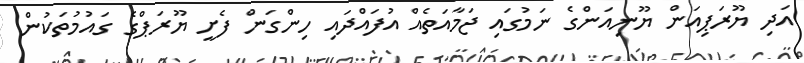
އަދި ޔޫރަޕިއަން ޔޫނިއަންގެ ނަމުގައި ޖަމާއަތެއް އުފައްދައި ހިންގަން ފެށީ ޔޫރަޕްގެ ގައުމުތަކުން